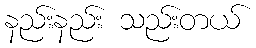
နည်းနည်း သည်းတယ်